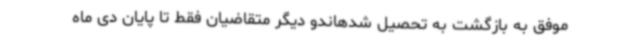
موفق به بازگشت به تحصیل شدهاندو دیگر متقاضیان فقط تا پایان دی ماه